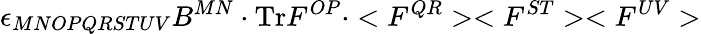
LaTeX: \epsilon_{MNOPQRSTUV}B^{MN}\cdot\mathrm{Tr}F^{OP}\cdot<F^{QR}><F^{ST}><F^{UV}>